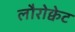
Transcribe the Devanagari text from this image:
लौरोक्वेट